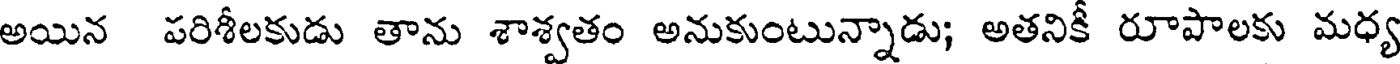
అయిన పరిశీలకుడు తాను శాశ్వతం అనుకుంటున్నాడు; అతనికీ రూపాలకు మధ్య